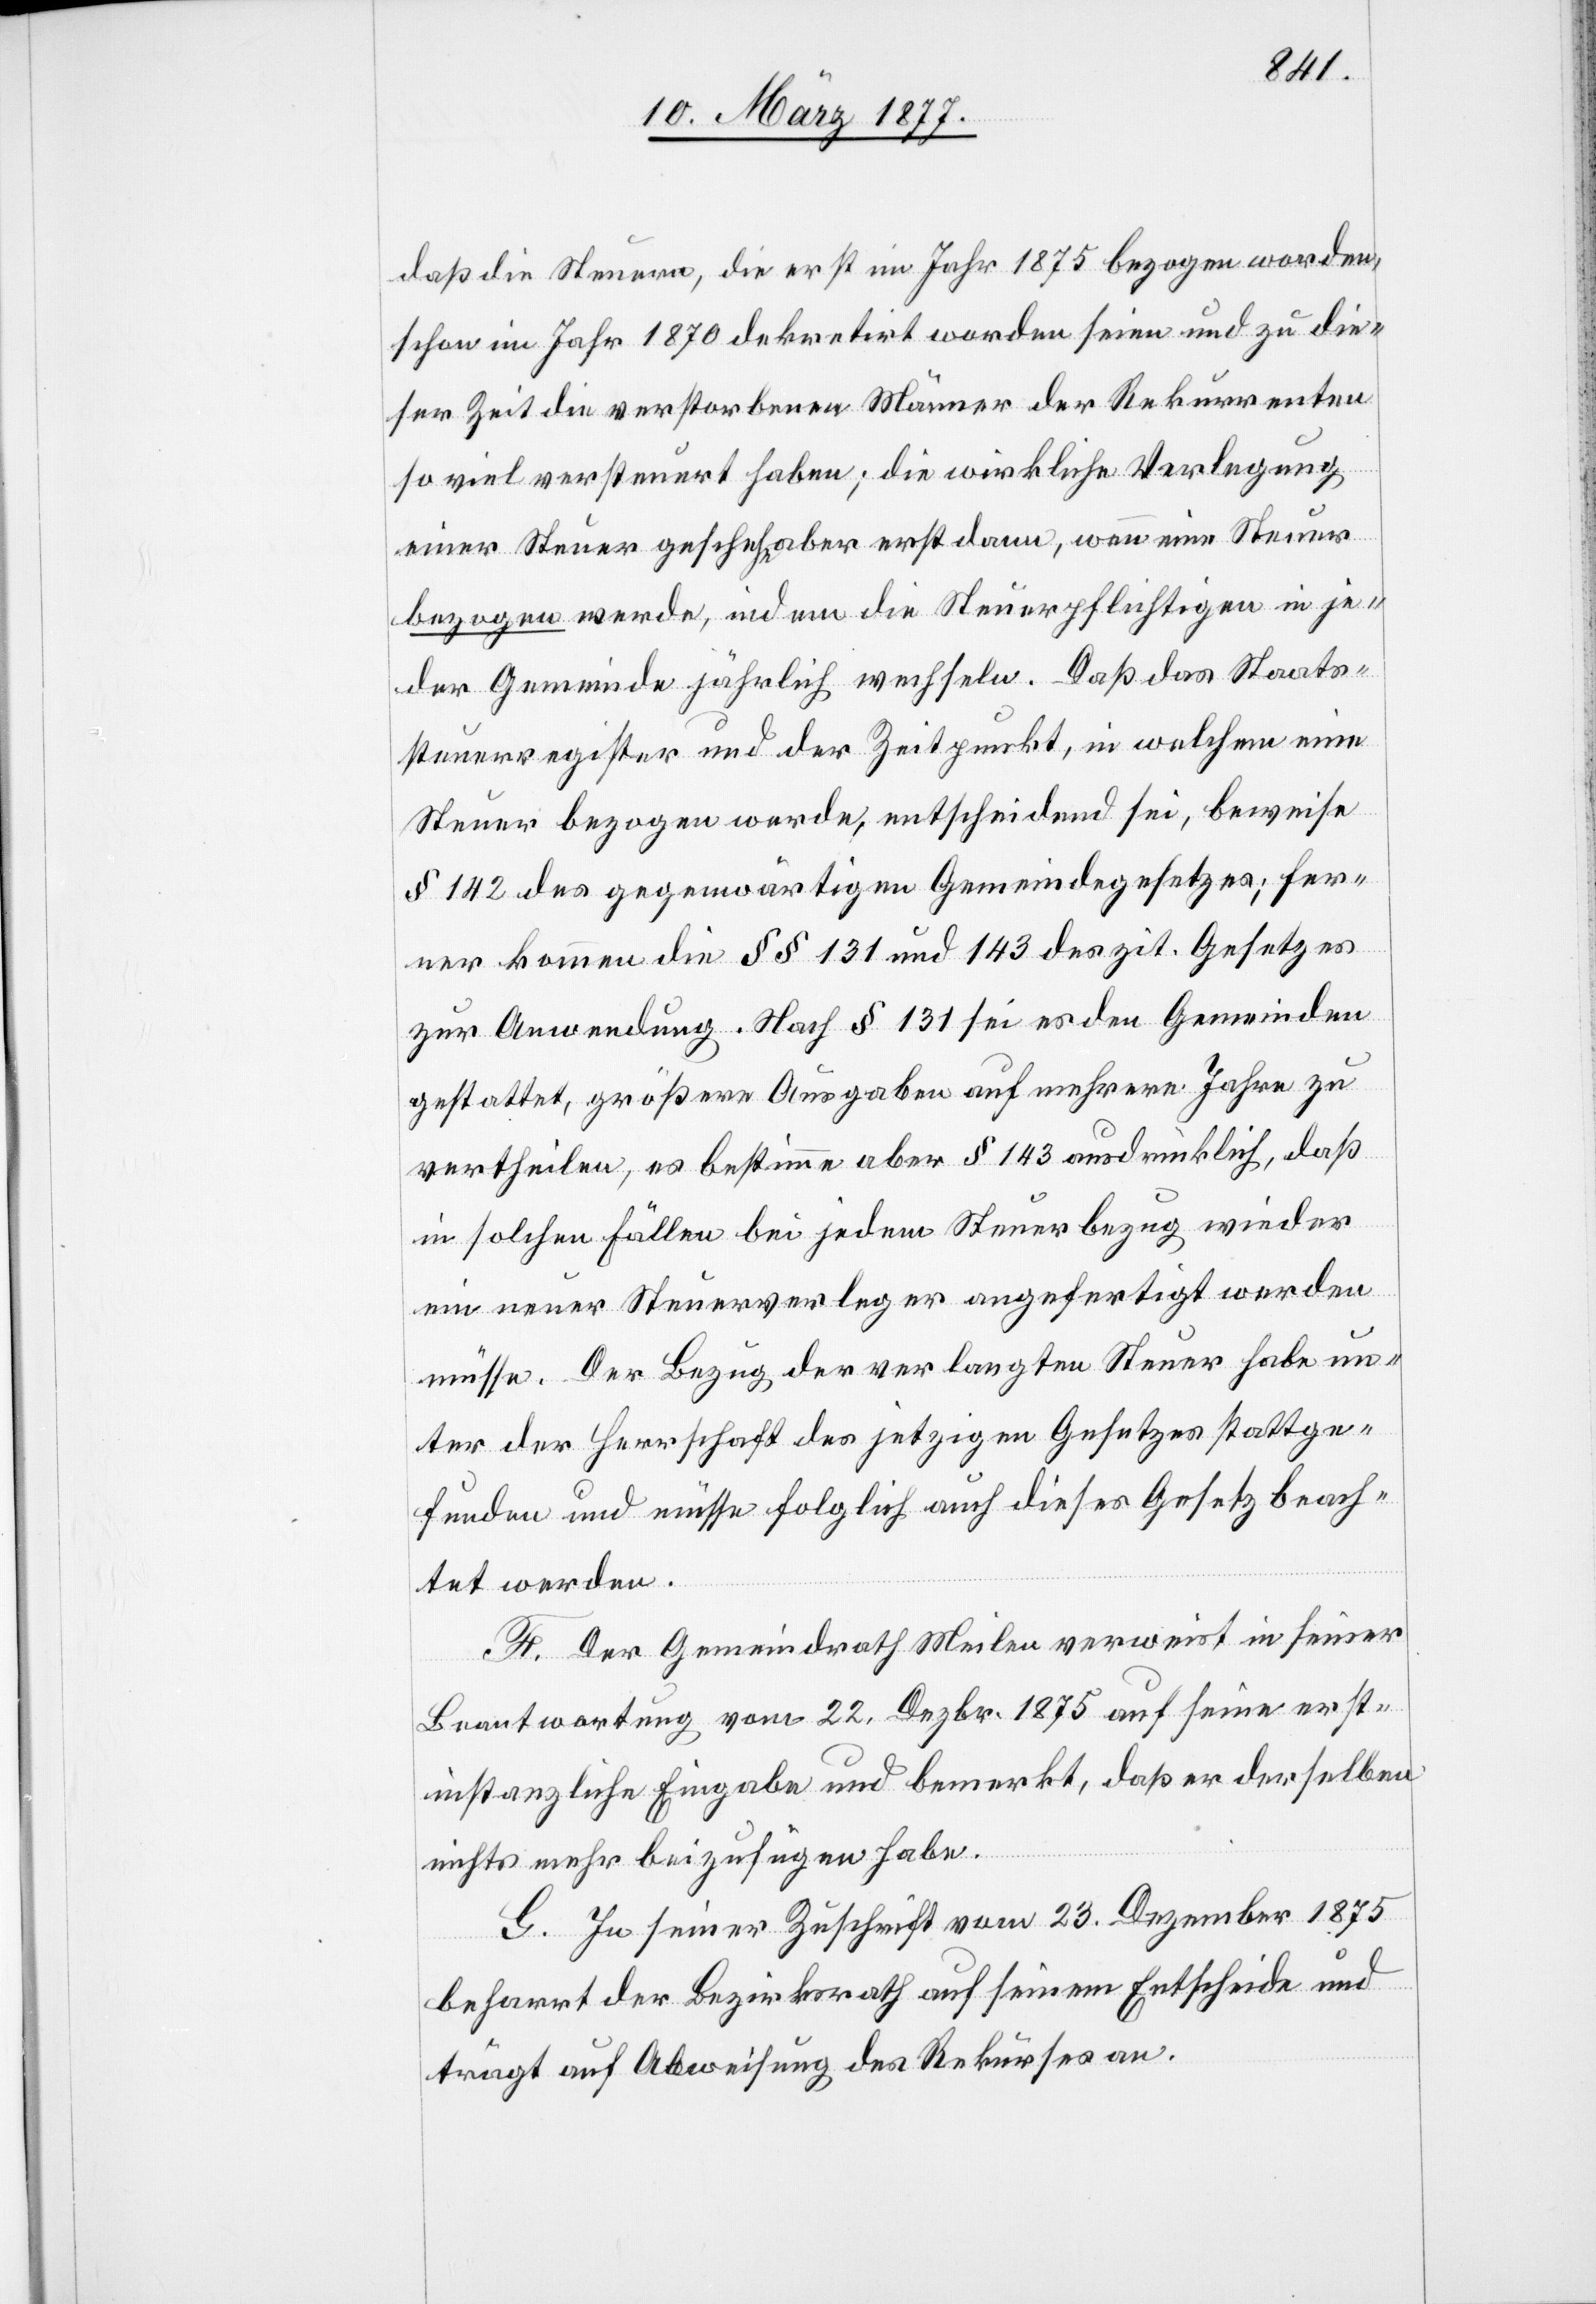
daß die Steuern, die erst im Jahr 1875 bezogen worden,
schon im Jahr 1870 dekretirt worden seien und zu die¬
ser Zeit die verstorbenen Männer der Rekurrenten
so viel versteuert haben; die wirkliche Verlegung
einer Steuer geschehe aber erst dann, wenn eine Steuer
bezogen werde, indem die Steuerpflichtigen in je¬
der Gemeinde jährlich wechseln. Daß das Staats¬
steuerregister und der Zeitpunkt, in welchem eine
Steuer bezogen werde, entscheidend sei, beweise
§ 142 des gegenwärtigen Gemeindegesetzes; fer¬
ner kommen die §§ 131 und 143 des zit. Gesetzes
zur Anwendung. Nach § 131 sei es den Gemeinden
gestattet, größere Ausgaben auf mehrere Jahre zu
vertheilen, es bestimme aber § 143 ausdrücklich, daß
in solchen Fällen bei jedem Steuerbezug wieder
ein neuer Steuerverleger angefertigt werden
müsse. Der Bezug der verlangten Steuer habe un¬
ter der Herrschaft des jetzigen Gesetzes stattge¬
funden und müsse folglich auch dieses Gesetz beach¬
tet werden.
F. Der Gemeindrath Meilen verweist in seiner
Beantwortung vom 22. Dezbr. 1875 auf seine erst¬
instanzliche Eingabe und bemerkt, daß er derselben
nichts mehr beizufügen habe.
G. In seiner Zuschrift vom 23. Dezember 1875
beharrt der Bezirksrath auf seinem Entscheide und
trägt auf Abweisung des Rekurses an.